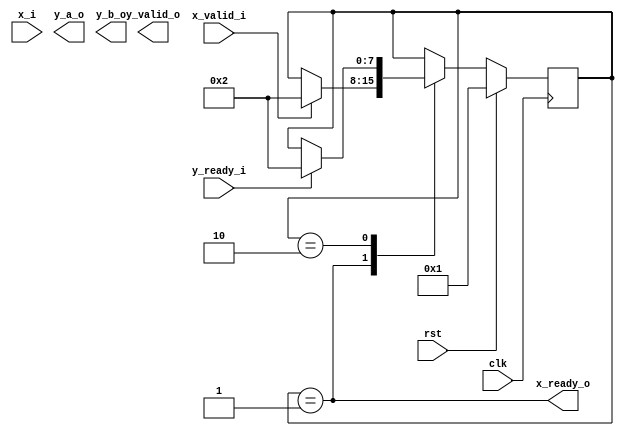
module sym_map (
  input wire clk,
  input wire rst,

  input wire [7:0] x_i,
  input wire x_valid_i,
  output wire x_ready_o,

  output wire [15:0] y_a_o,
  output wire [15:0] y_b_o,
  output wire y_valid_o,
  input wire y_ready_i
);
	parameter S_READY    = 1 << 0,
	          S_SYM_0    = 1 << 1,
	          S_SYM_1    = 1 << 1,
	          S_SYM_2    = 1 << 1,
	          S_SYM_3    = 1 << 1;

	reg [7:0] curr_state, next_state;

	always @(posedge clk) begin
		if (rst) begin
			curr_state <= S_READY;
		end
		else begin
			curr_state <= next_state;
		end
	end

	always @(*) begin
		next_state = curr_state;
		case (curr_state)
			S_READY: begin
				if (x_valid_i) begin
					next_state = S_SYM_0;
				end
			end
			S_SYM_0: begin
				if (y_ready_i) begin
					next_state = S_SYM_1;
				end
			end
			S_SYM_1: begin
				if (y_ready_i) begin
					next_state = S_SYM_2;
				end
			end
			S_SYM_2: begin
				if (y_ready_i) begin
					next_state = S_SYM_3;
				end
			end
			S_SYM_3: begin
				if (y_ready_i) begin
					next_state = S_READY;
				end
			end
		endcase
	end

	reg [1:0] sym_bits;
	always @(*) begin
		case (curr_state)
			default: sym_bits = octet[1:0];
			S_SYM_1: sym_bits = octet[3:2];
			S_SYM_2: sym_bits = octet[5:4];
			S_SYM_3: sym_bits = octet[7:6];
		endcase
	end

	wire [15:0] sym_I;
	wire [15:0] sym_Q;

	// A(2,13) constants for +/- one
	wire [15:0] pos_one;
	wire [15:0] neg_one;
	assign pos_one = 16'b0_01_0000_0000_0000_0;
	assign neg_one = 16'b1_11_0000_0000_0000_0;

	assign sym_I = sym_bits[0] ? pos_one : neg_one;
	assign sym_Q = sym_bits[1] ? pos_one : neg_one;

	assign x_ready_o = (curr_state == S_READY);
	reg [7:0] octet;
	always @(posedge clk) begin
		if (rst) begin
			octet <= 0;
		end
		else if (curr_state == S_READY && x_valid_i) begin
			octet <= x_i;
		end
	end

endmodule